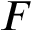
F